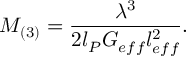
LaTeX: M _ { ( 3 ) } = \frac { \lambda ^ { 3 } } { 2 l _ { P } G _ { e f f } l _ { e f f } ^ { 2 } } .